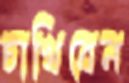
চাখিবেন